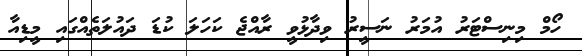
ހޯމް މިނިސްޓަރު އުމަރު ނަސީރު ވިދާޅުވީ ރާއްޖެ ކަހަލަ ކުޑަ ދައުލަތެއްގައި މީޑިއާ